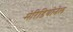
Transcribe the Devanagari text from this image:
मेरिडियोनेल